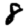
Digit: 8